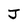
Character: J